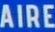
AIRE